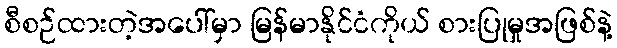
စီစဉ်ထားတဲ့အပေါ်မှာ မြန်မာနိုင်ငံကိုယ် စားပြုမှုအဖြစ်နဲ့